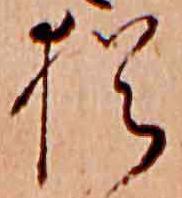
猶